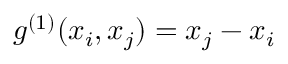
{ g } ^ { ( 1 ) } ( x _ { i } , x _ { j } ) = x _ { j } - x _ { i }